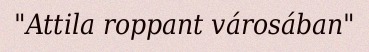
"Attila roppant városában"